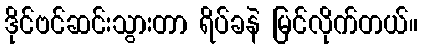
ဒိုင်ဗင်ဆင်းသွားတာ ရိပ်ခနဲ မြင်လိုက်တယ်။